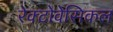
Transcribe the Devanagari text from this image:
रेक्टोवेसिकल